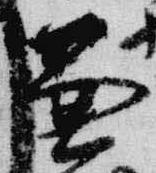
兼